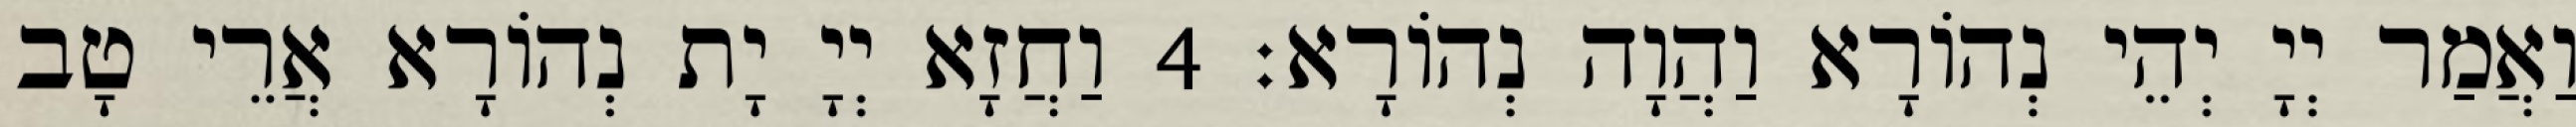
וַאֲמַר יְיָ יְהֵי נְהוֹרָא וַהֲוָה נְהוֹרָא׃ 4 וַחֲזָא יְיָ יָת נְהוֹרָא אֲרֵי טָב